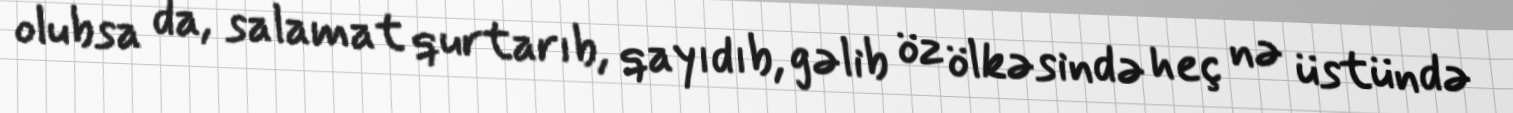
olubsa da, salamat qurtarıb, qayıdıb, gəlib öz ölkəsində heç nə üstündə